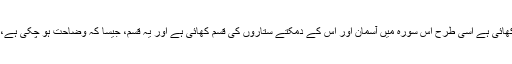
آسمان اور ستاروں کی قسم: جس طرح سابق سورہ میں برجوں والے آسمان کی قسم کھائی ہے اسی طرح اس سورہ میں آسمان اور اس کے دمکتے ستاروں کی قسم کھائی ہے اور یہ قسم، جیسا کہ وضاحت ہو چکی ہے، بطور شہادت اس دعوے پر دلیل پیش کرنے کے لیے کھائی ہے جو آگے آ رہا ہے۔